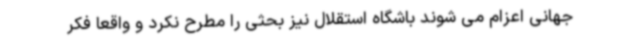
جهانی اعزام می شوند باشگاه استقلال نیز بحثی را مطرح نکرد و واقعا فکر